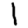
Digit: 1